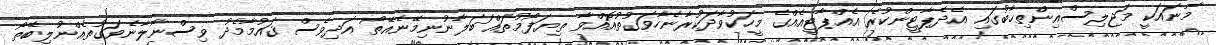
މާނައަކީ މަޖިލިސްއިންތިޚާބުގައި އެދެޕާޓީންކުރެ އެއްޕާޓީއެއްގެ މީހަކުވާދަކުރާނެހާވަގުތުއޮއްވާ ތިޔަފޯމުތައް ަބަލާނުނިމޭނެއޭތޯ އަދިވެސް ޤައުމާމެދު ވިސްނާލާނެވަގުތެއްނުލިބޭތޯ